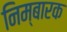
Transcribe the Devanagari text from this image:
निम्बारक